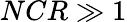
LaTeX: NCR\gg 1